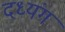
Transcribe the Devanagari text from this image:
दध्यंग